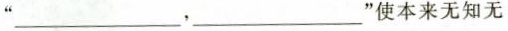
“___，___” 使本来无知无